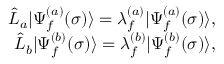
\begin{array} { r l r } & { } & { \hat { L } _ { a } | \Psi _ { f } ^ { ( a ) } ( \sigma ) \rangle = \lambda _ { f } ^ { ( a ) } | \Psi _ { f } ^ { ( a ) } ( \sigma ) \rangle , } \\ & { } & { \hat { L } _ { b } | \Psi _ { f } ^ { ( b ) } ( \sigma ) \rangle = \lambda _ { f } ^ { ( b ) } | \Psi _ { f } ^ { ( b ) } ( \sigma ) \rangle , } \end{array}